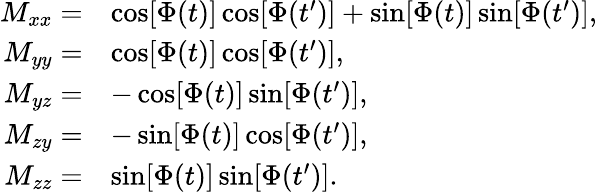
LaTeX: \begin{array}{rl}{M_{xx}=}&{\cos[\Phi(t)]\cos[\Phi(t^{\prime})]+\sin[\Phi(t)]\sin[\Phi(t^{\prime})],}\\ {M_{yy}=}&{\cos[\Phi(t)]\cos[\Phi(t^{\prime})],}\\ {M_{yz}=}&{-\cos[\Phi(t)]\sin[\Phi(t^{\prime})],}\\ {M_{zy}=}&{-\sin[\Phi(t)]\cos[\Phi(t^{\prime})],}\\ {M_{zz}=}&{\sin[\Phi(t)]\sin[\Phi(t^{\prime})].}\end{array}